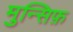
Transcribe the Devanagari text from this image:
मुन्सिफ़